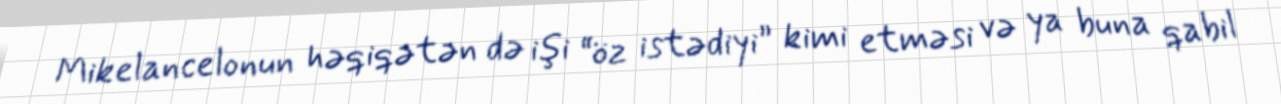
Mikelancelonun həqiqətən də işi “öz istədiyi” kimi etməsi və ya buna qabil